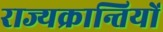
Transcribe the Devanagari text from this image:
राज्यक्रान्तियों